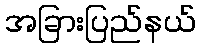
အခြားပြည်နယ်